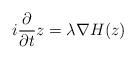
LaTeX: \begin{align*}i\frac{\partial}{\partial t} z =\lambda \nabla H(z)\end{align*}